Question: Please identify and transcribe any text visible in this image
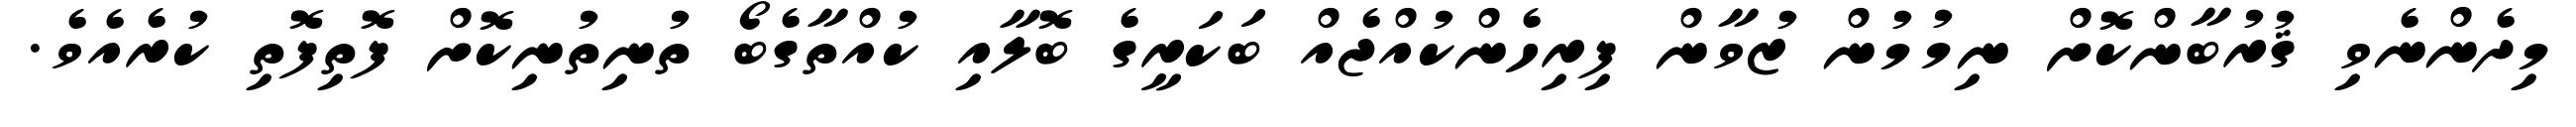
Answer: މިދެންނެވި ޤުރުބާންކޮށް ނިމުމުން ޒުވާން ފިރިހެންކުއްޖެއް ބަކަރީގެ ބޮލާއި ކުއްތާގެބޯ ތުނިތުނިކޮށް ފޮތިފޮތި ކުރެއެވެ.